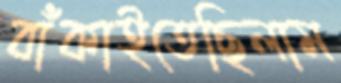
বাঁকাইতেছিলাম